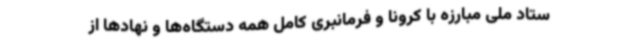
ستاد ملی مبارزه با کرونا و فرمانبری کامل همه دستگاه‌ها و نهادها از